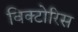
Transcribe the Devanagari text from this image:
विक्टोरिस